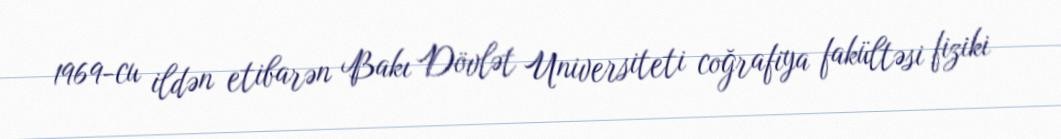
1969-cu ildən etibarən Bakı Dövlət Universiteti coğrafiya fakültəsi fiziki